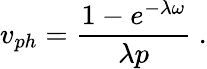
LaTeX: v_{ph}=\frac{1-e^{-\lambda\omega}}{\lambda p}~.